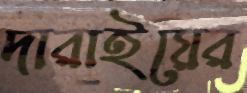
দারাইয়ের